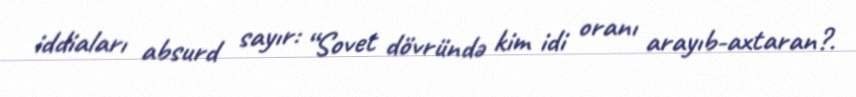
iddiaları absurd sayır: “Sovet dövründə kim idi oranı arayıb-axtaran?.